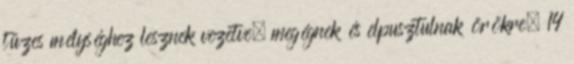
tüzes mélységhez lesznek vezetve, megégnek és elpusztulnak örökre; 14